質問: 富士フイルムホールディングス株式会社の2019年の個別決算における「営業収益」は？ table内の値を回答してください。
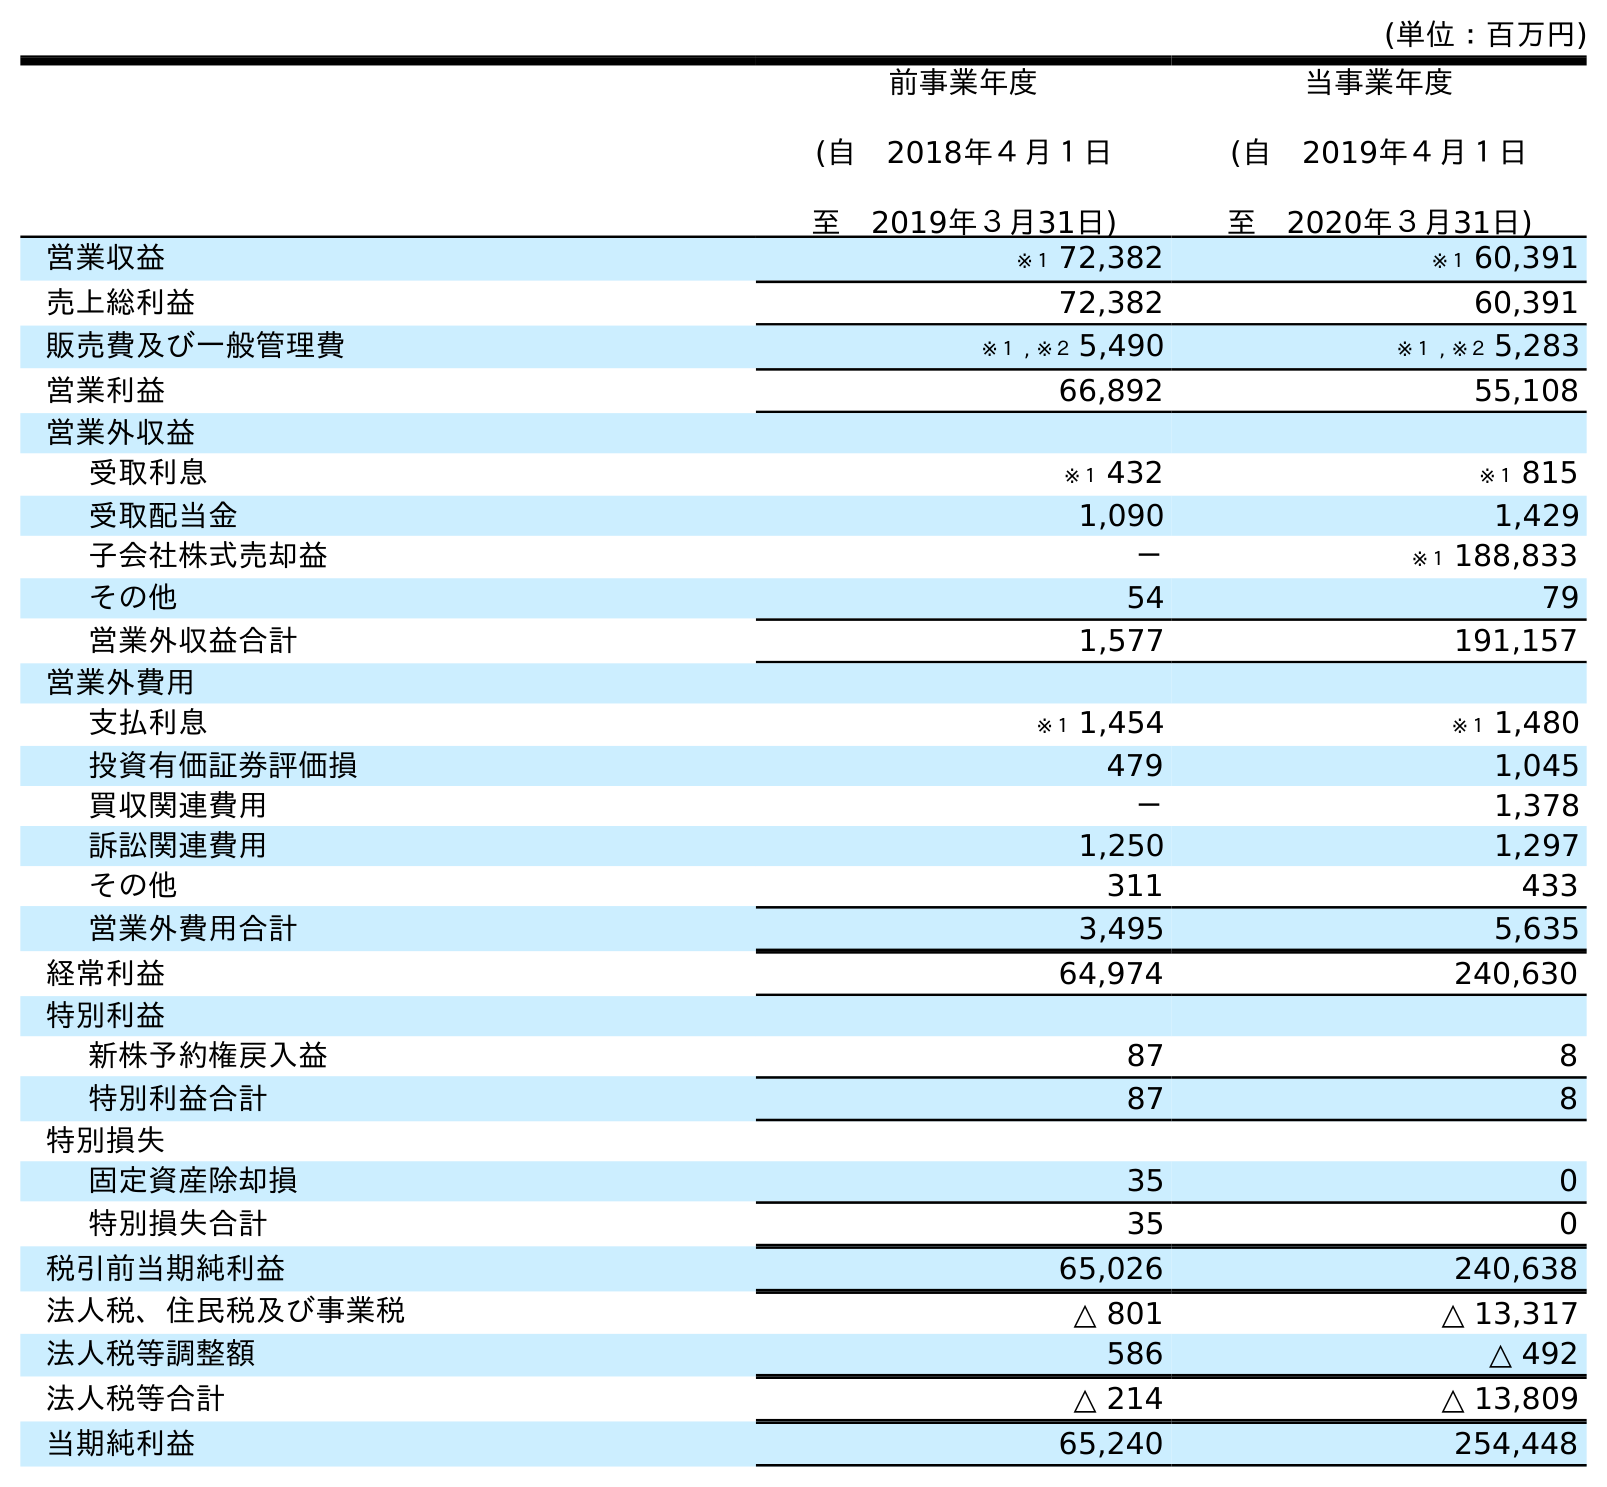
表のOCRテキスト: (単位：百万円) 前事業年度 (自 2018年４月１日 至 2019年３月31日) 当事業年度 (自 2019年４月１日 至 2020年３月31日) 営業収益 ※１ 72,382 ※１ 60,391 売上総利益 72,382 60,391 販売費及び一般管理費 ※１ , ※２ 5,490 ※１ , ※２ 5,283 営業利益 66,892 55,108 営業外収益 受取利息 ※１ 432 ※１ 815 受取配当金 1,090 1,429 子会社株式売却益 － ※１ 188,833 その他 54 79 営業外収益合計 1,577 191,157 営業外費用 支払利息 ※１ 1,454 ※１ 1,480 投資有価証券評価損 479 1,045 買収関連費用 － 1,378 訴訟関連費用 1,250 1,297 その他 311 433 営業外費用合計 3,495 5,635 経常利益 64,974 240,630 特別利益 新株予約権戻入益 87 8 特別利益合計 87 8 特別損失 固定資産除却損 35 0 特別損失合計 35 0 税引前当期純利益 65,026 240,638 法人税、住民税及び事業税 △ 801 △ 13,317 法人税等調整額 586 △ 492 法人税等合計 △ 214 △ 13,809 当期純利益 65,240 254,448
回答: ※１72,382